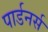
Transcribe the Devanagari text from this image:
पार्डनर्स